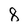
Character: 8